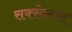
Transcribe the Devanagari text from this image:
सक्सेरूस